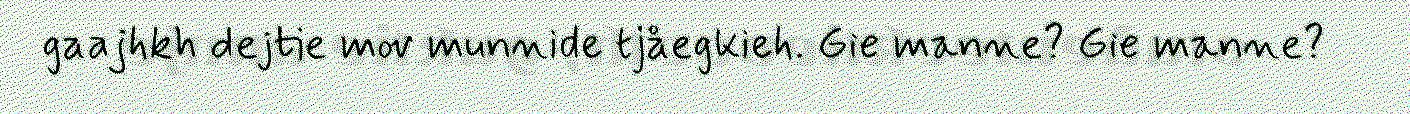
gaajhkh dejtie mov munnide tjåegkieh. Gie manne? Gie manne?